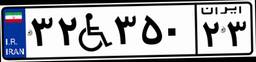
۳۲W۳۵۰۲۳